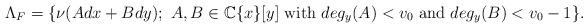
LaTeX: \begin{align*}\Lambda_F=\{\nu(Adx+Bdy);\ A, B\in\mathbb{C}\{x\}[y]\ \mbox{with}\ deg_y(A)<v_0\ \mbox{and}\ deg_y(B)<v_0-1\}.\end{align*}